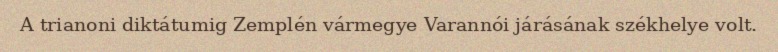
A trianoni diktátumig Zemplén vármegye Varannói járásának székhelye volt.